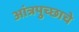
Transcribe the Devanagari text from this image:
आंत्रपुच्छाचे